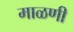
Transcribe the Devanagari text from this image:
माळणी